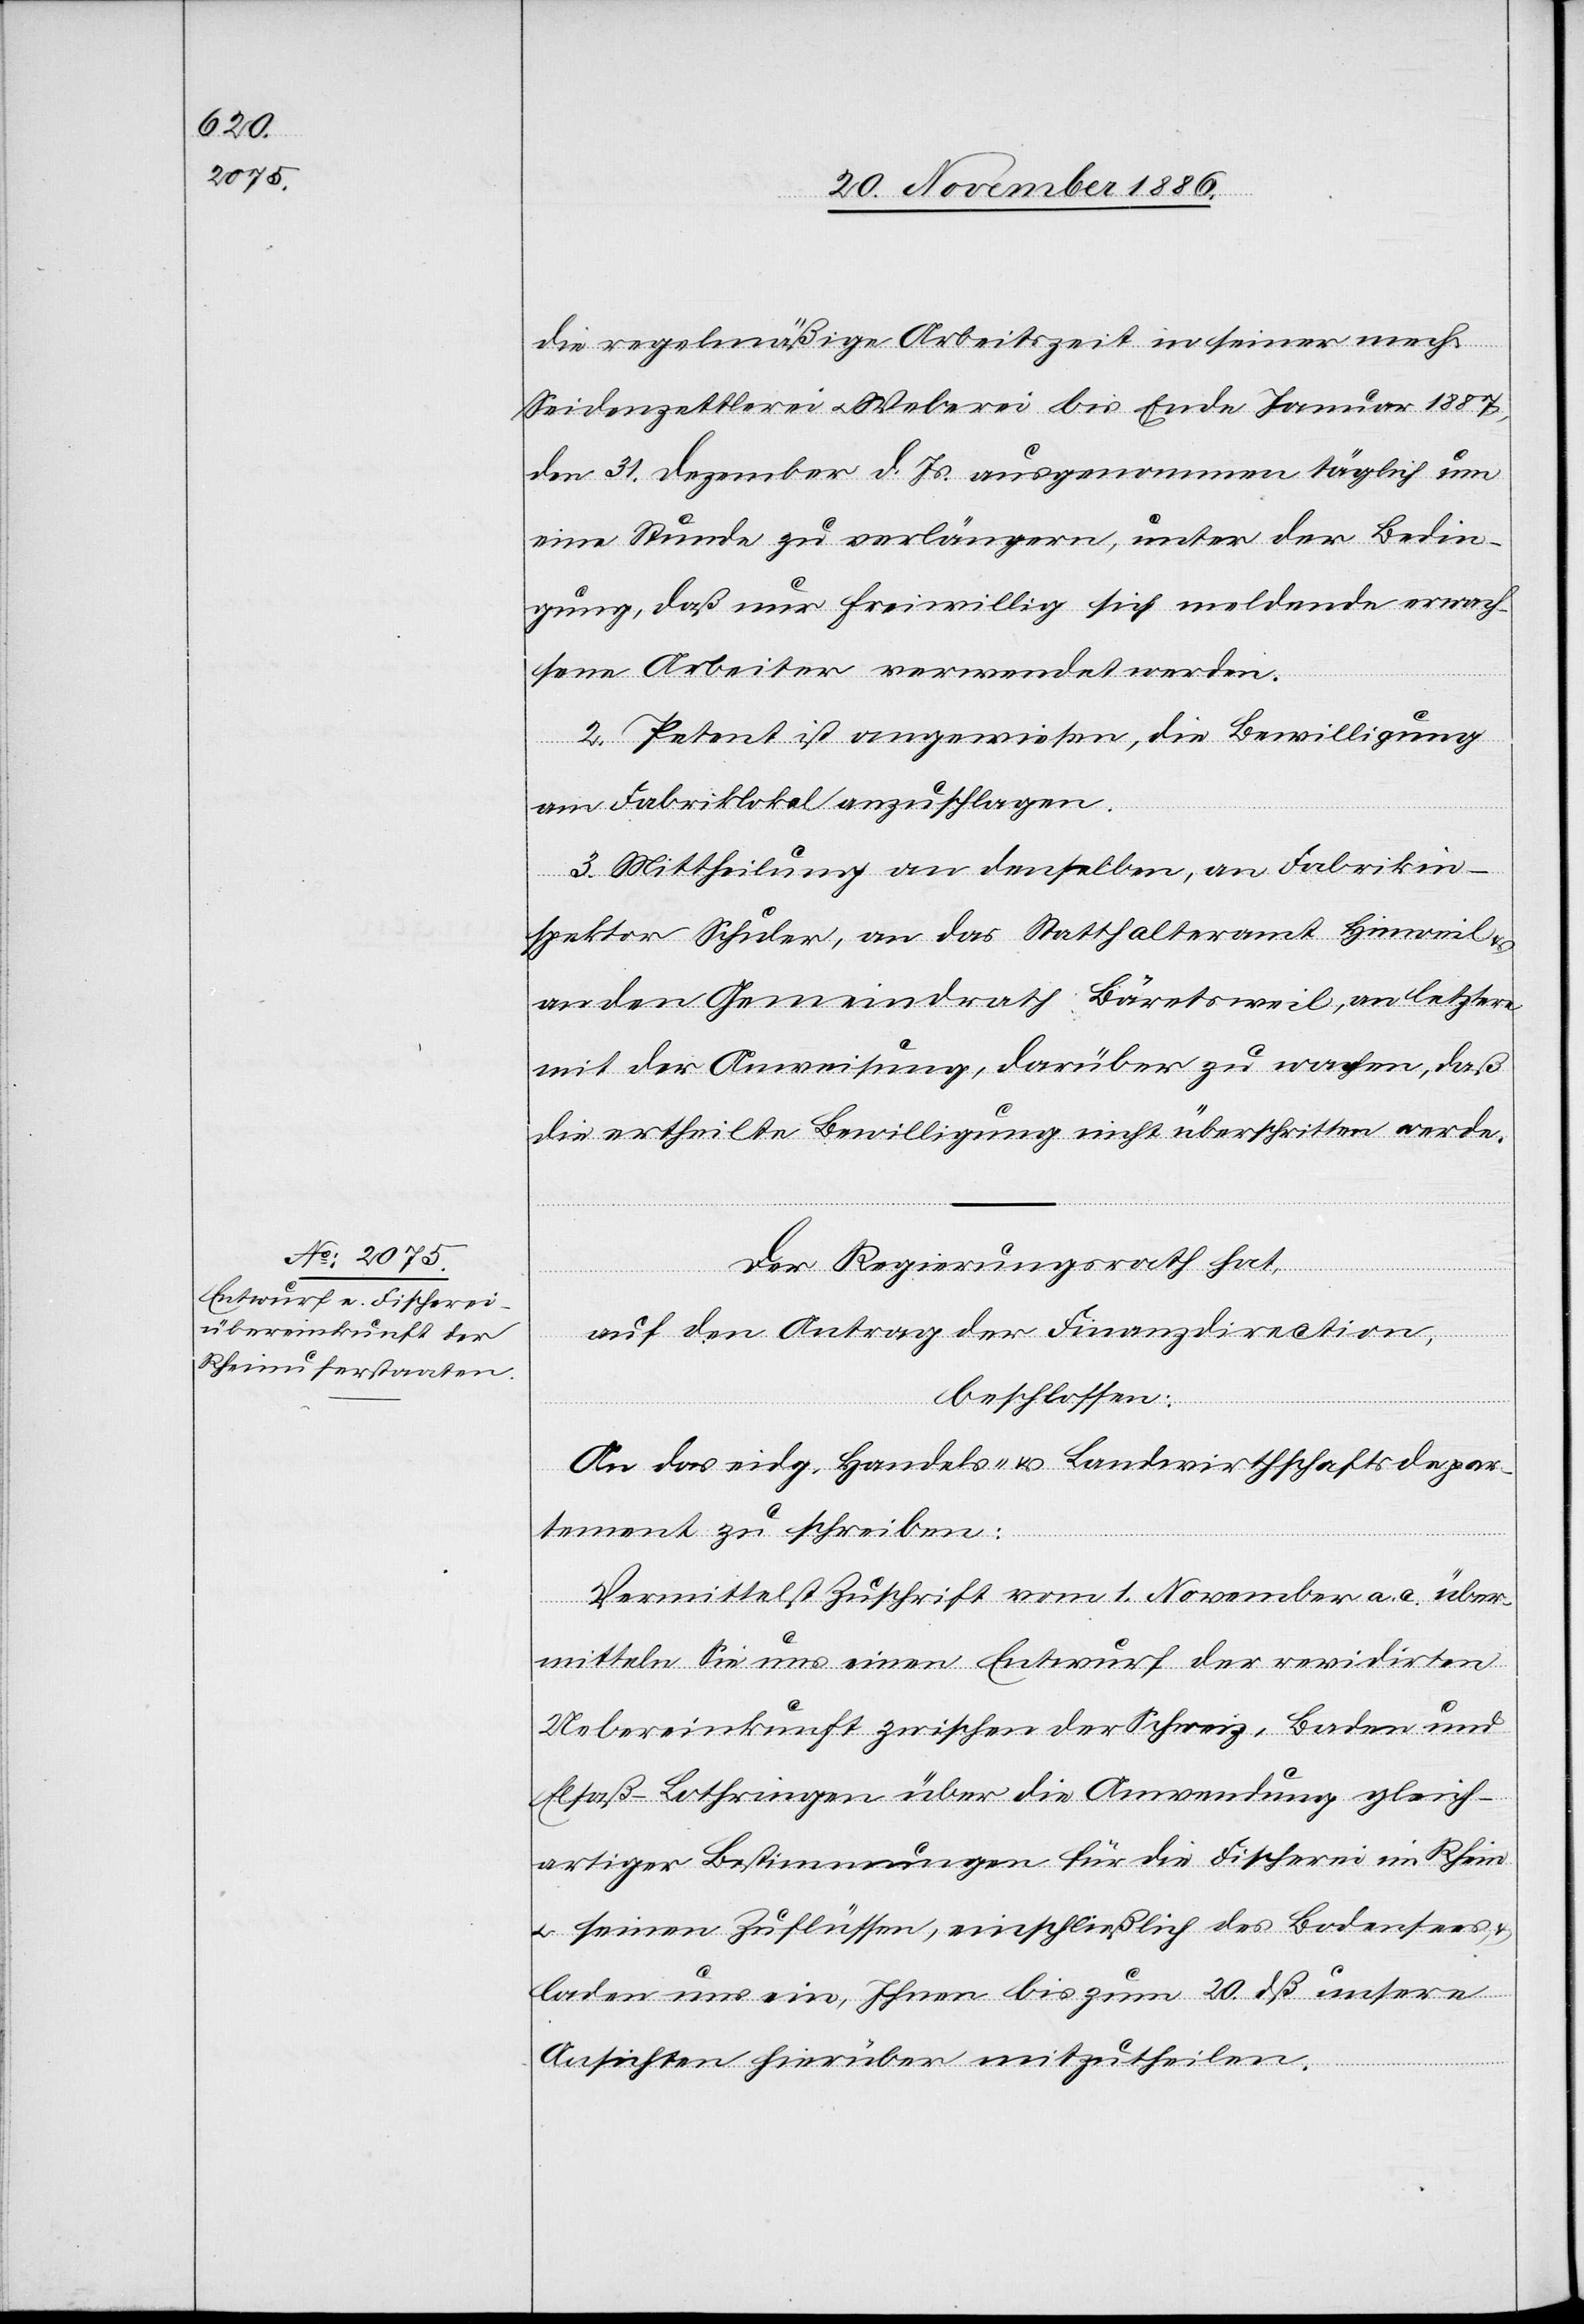
22. November 1886.]
die regelmäßige Arbeitszeit in seiner mech.
Seidenzettlerei & Weberei bis Ende Januar 1886,
den 31. Dezember d. Js. ausgenommen täglich um
eine Stunde zu verlängern, unter der Bedin¬
gung, daß nur freiwillig sich meldende erwach¬
sene Arbeiter verwendet werden.
2. Petent ist angewiesen, die Bewilligung
am Fabriklokal anzuschlagen.
3. Mittheilung an denselben, an Fabrikins¬
pektor Schuler, an das Statthalteramt Hinweil
an den Gemeindrath Bäretsweil, an letztere
mit der Anweisung, darüber zu wachen, daß
die ertheilte Bewilligung nicht überschritten werde.
Der Regierungsrath hat,
auf den Antrag der Finanzdirection,
beschlossen:
An das eidg. Handels- & Landwirthschaftsdepar¬
tement zu schreiben:
Vermittelst Zuschrift vom 1. November a. c. über¬
mitteln Sie uns einen Entwurf der revidirten
Uebereinkunft zwischen der Schweiz, Baden und
Elsaß-Lothringen über die Anwendung gleich¬
artiger Bestimmungen für die Fischerei im Rhein
& seinen Zuflüssen, einschließlich des Bodensees,
laden uns ein, Ihnen bis zum 20. dß unsere
Ansichten hierüber mitzutheilen.